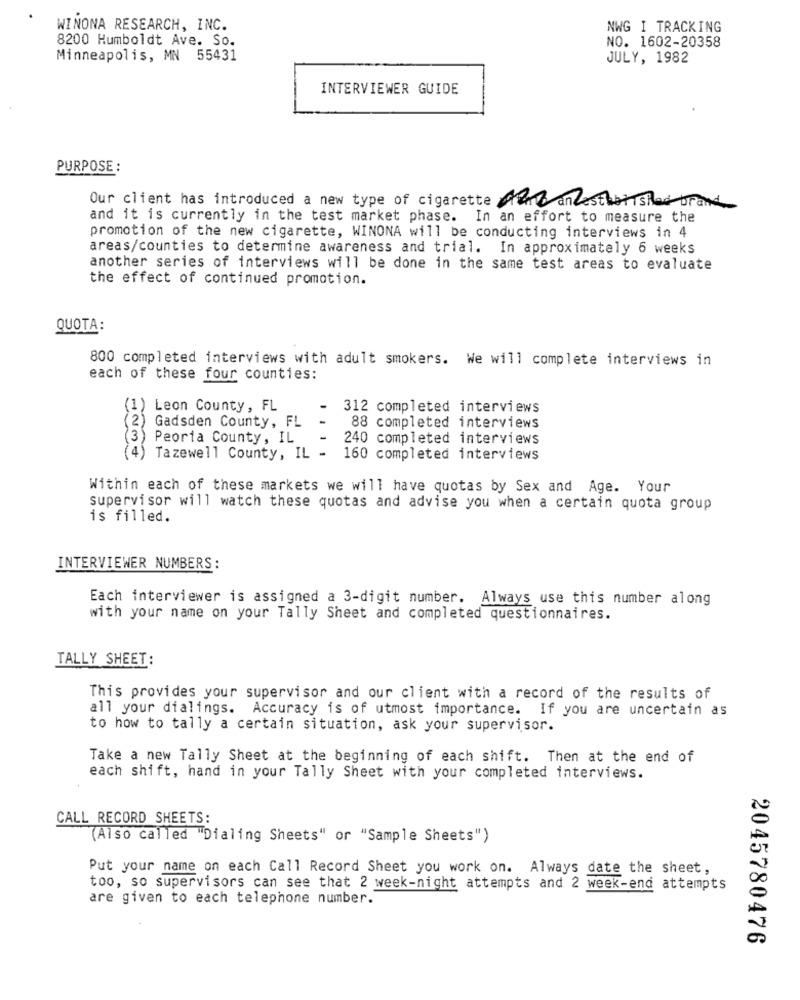
WINONA RESEARCH, INC.
NWG I TRACKING
8200 Humboldt Ave. So.
NO. 1602-20358
Minneapolis, MN 55431
JULY, 1982
INTERVIEWER GUIDE
PURPOSE:
Our client has introduced a new type of cigarette stand andestablished brand
and it is currently in the test market phase. In an effort to measure the
promotion of the new cigarette, WINONA will be conducting interviews in 4
areas/counties to determine awareness and trial. In approximately 6 weeks
another series of interviews will be done in the same test areas to evaluate
the effect of continued promotion.
QUOTA:
800 completed interviews with adult smokers. We will complete interviews in
each of these four counties:
EWNE
1) Leon County, FL
312 completed interviews
Gadsden County, FL
88 completed interviews
) Peoria County, IL
240 completed interviews
(4) Tazewell County, IL -
160 completed interviews
Within each of these markets we will have quotas by Sex and Age. Your
supervisor will watch these quotas and advise you when a certain quota group
is filled.
INTERVIEWER NUMBERS:
Each interviewer is assigned a 3-digit number. Always use this number along
with your name on your Tally Sheet and completed questionnaires.
TALLY SHEET:
This provides your supervisor and our client with a record of the results of
all your dialings. Accuracy is of utmost importance. If you are uncertain as
to how to tally a certain situation, ask your supervisor.
Take a new Tally Sheet at the beginning of each shift. Then at the end of
each shift, hand in your Tally Sheet with your completed interviews.
CALL RECORD SHEETS:
(Also called "Dialing Sheets" or "Sample Sheets")
Put your name on each Call Record Sheet you work on. Always date the sheet,
too, so supervisors can see that 2 week-night attempts and 2 week-end attempts
are given to each telephone number.
2045780476